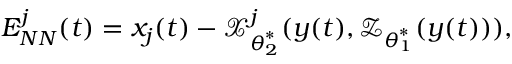
E _ { N N } ^ { j } ( t ) = x _ { j } ( t ) - \boldsymbol { \mathcal { X } } _ { \boldsymbol { \theta } _ { 2 } ^ { \ast } } ^ { j } ( \boldsymbol { y } ( t ) , \boldsymbol { \mathcal { Z } } _ { \boldsymbol { \theta } _ { 1 } ^ { \ast } } ( \boldsymbol { y } ( t ) ) ) ,